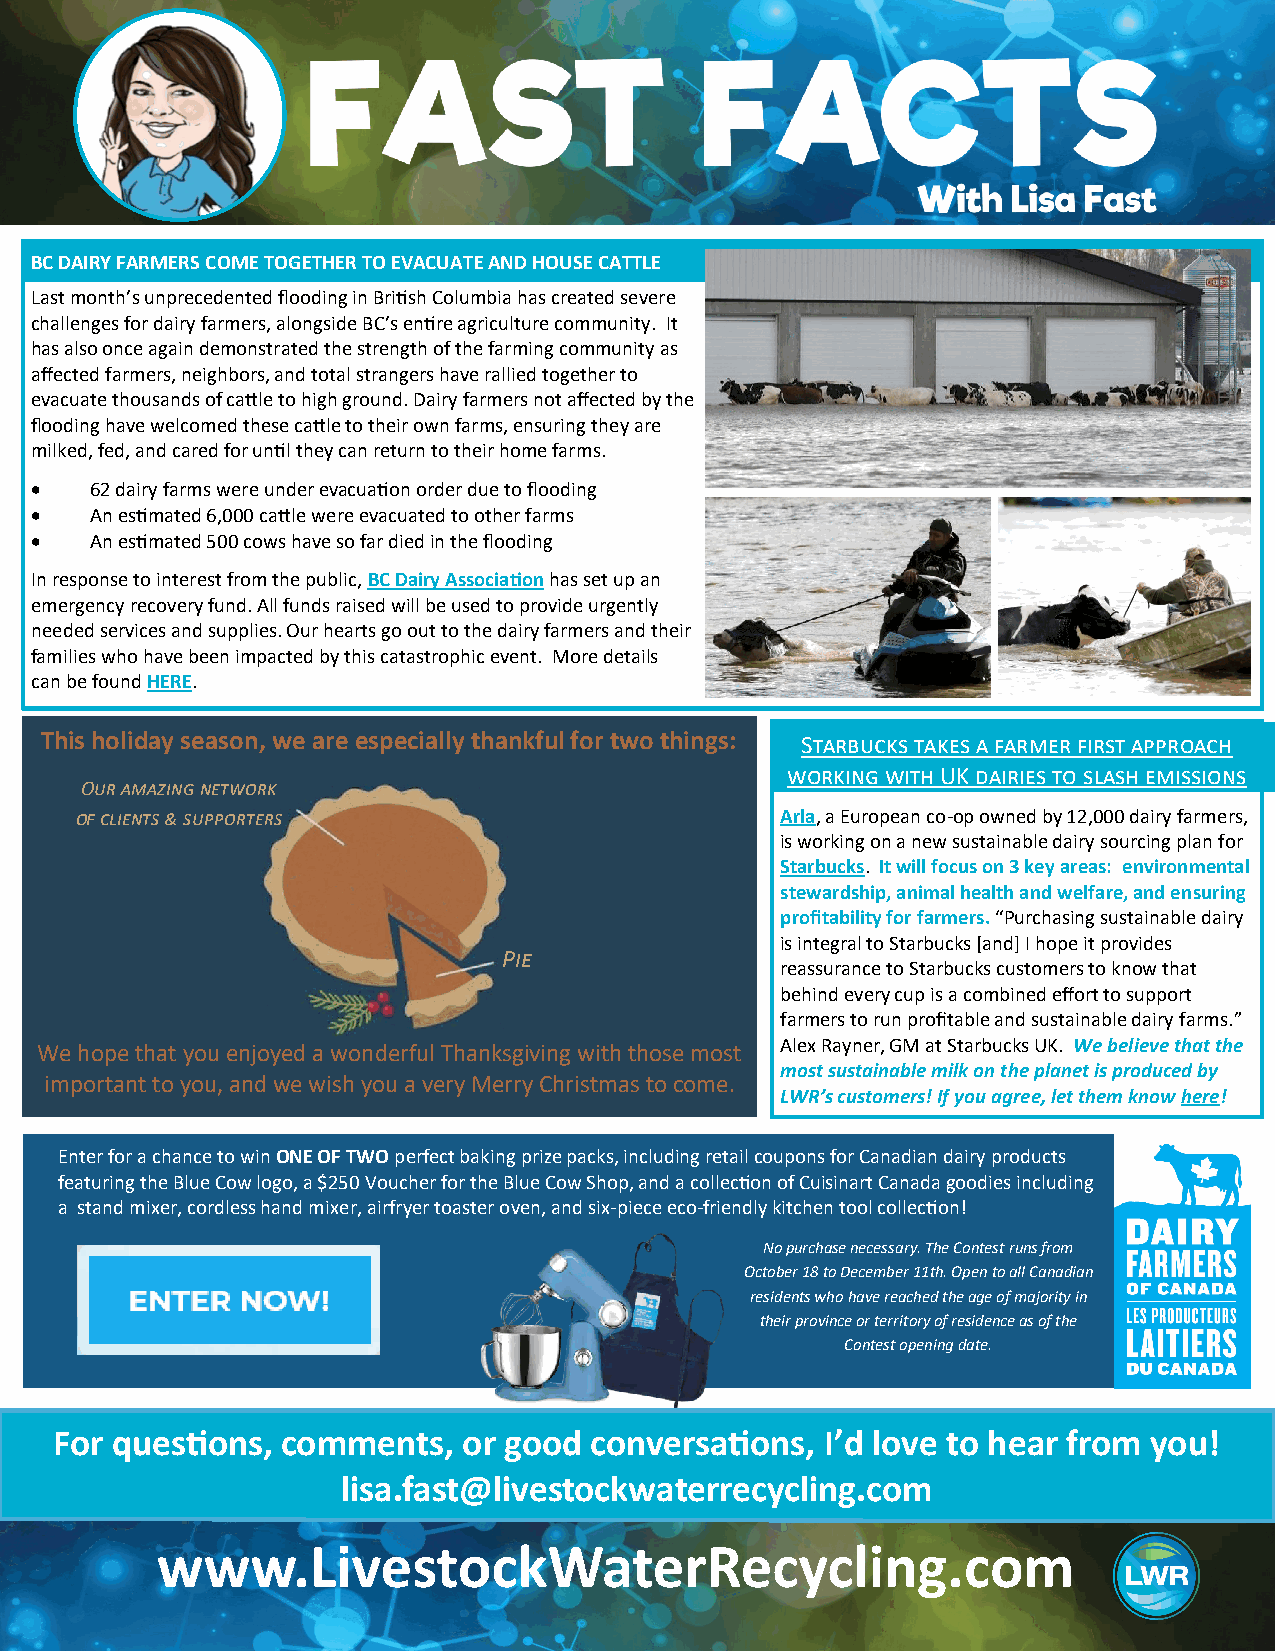
BC DAIRY FARMERS COME TOGETHER TO EVACUATE AND HOUSE CATTLE
 Last month’s unprecedented flooding in British Columbia has created severe
 challenges for dairy farmers, alongside BC’s entire agriculture community. It
 has also once again demonstrated the strength of the farming community as
 affected farmers, neighbors, and total strangers have rallied together to
 evacuate thousands of cattle to high ground. Dairy farmers not affected by the
 flooding have welcomed these cattle to their own farms, ensuring they are
 milked, fed, and cared for until they can return to their home farms.
 •   62 dairy farms were under evacuation order due to flooding
 •   An estimated 6,000 cattle were evacuated to other farms
 •   An estimated 500 cows have so far died in the flooding
 In response to interest from the public, BC Dairy Association has set up an
 emergency recovery fund. All funds raised will be used to provide urgently
 needed services and supplies. Our hearts go out to the dairy farmers and their
 families who have been impacted by this catastrophic event. More details
 can be found HERE.
 This holiday season, we are especially thankful for two things: Starbucks takes a farmer first approach
 working with UK dairies to slash emissions
 Our amazing network
 of clients & supporters                        Arla, a European co-op owned by 12,000 dairy farmers,
 is working on a new sustainable dairy sourcing plan for
 Starbucks. It will focus on 3 key areas: environmental
 stewardship, animal health and welfare, and ensuring
 profitability for farmers. “Purchasing sustainable dairy
 is integral to Starbucks [and] I hope it provides
 Pie
 reassurance to Starbucks customers to know that
 behind every cup is a combined effort to support
 farmers to run profitable and sustainable dairy farms.”
 Alex Rayner, GM at Starbucks UK. We believe that the
 We hope that you enjoyed a wonderful Thanksgiving with those most
 most sustainable milk on the planet is produced by
 important to you, and we wish you a very Merry Christmas to come.
 LWR’s customers! If you agree, let them know here!
 Enter for a chance to win ONE OF TWO perfect baking prize packs, including retail coupons for Canadian dairy products
 featuring the Blue Cow logo, a $250 Voucher for the Blue Cow Shop, and a collection of Cuisinart Canada goodies including
 a stand mixer, cordless hand mixer, airfryer toaster oven, and six-piece eco-friendly kitchen tool collection!
 No purchase necessary. The Contest runs from
 October 18 to December 11th. Open to all Canadian
 residents who have reached the age of majority in
 their province or territory of residence as of the
 Contest opening date.
 For questions, comments,   or good conversations,  I’d love to hear from you!
 lisa.fast@livestockwaterrecycling.com
 www.LivestockWaterRecycling.com